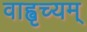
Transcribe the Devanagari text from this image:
वाह्वृच्यम्